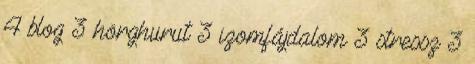
4 blog 3 hörghurut 3 izomfájdalom 3 stressz 3